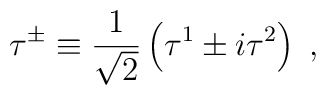
\tau^\pm\equiv {1\over\sqrt{2}}\left(\tau^1\pm i\tau^2\right)\; ,